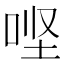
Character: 𫪄